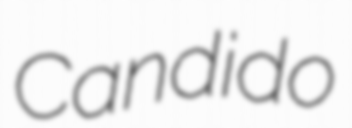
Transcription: Candido